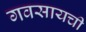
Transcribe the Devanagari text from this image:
गवसायची